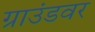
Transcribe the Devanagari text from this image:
ग्राउंडवर